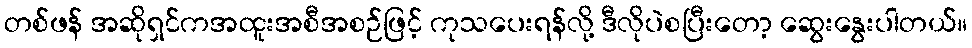
တစ်ဖန် အဆိုရှင်ကအထူးအစီအစဉ်ဖြင့် ကုသပေးရန်လို့ ဒီလိုပဲစပြီးတော့ ဆွေးနွေးပါတယ်။